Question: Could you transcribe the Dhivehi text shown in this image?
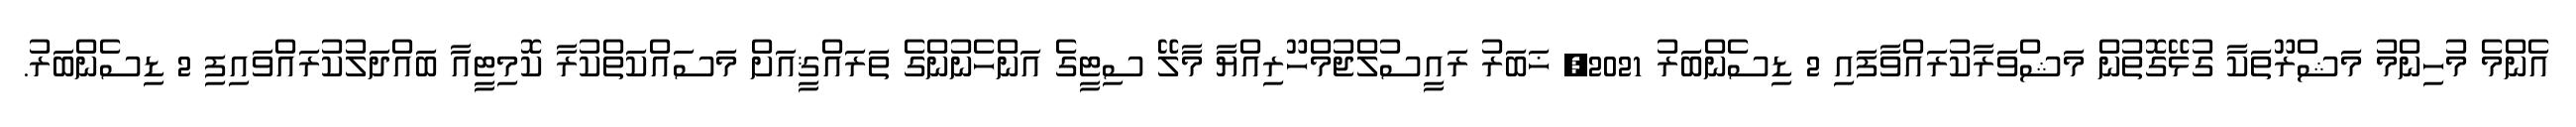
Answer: އެންމެ މުހިންމު މަޝްރޫތަކާ ގުޅޭގޮތުން މަޝްވަރާކުރައްވާފައި 2 ޑިސެންބަރު 2021, ޚަބަރު ރައީސުލްޖުމްހޫރިއްޔާ މާލޭ ސިޓީގެ އަންހެނުންގެ ތަރައްޤީއަށް މަސައްކަތްކުރާ ކޮމިޓީއާ ބައްދަލުކުރައްވައިފި 2 ޑިސެންބަރު.